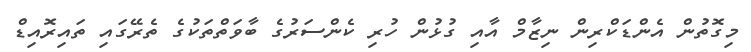
މިގޮތުން އެންޑަކްރިން ނިޒާމް އާއި ގުޅުން ހުރި ކެންސަރުގެ ބާވަތްތަކުގެ ތެރޭގައި ތައިރޮއިޑް